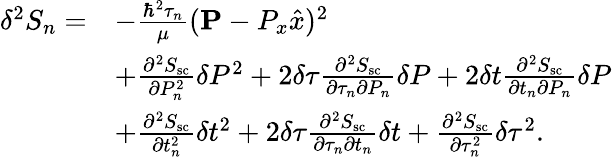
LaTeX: \begin{array}{rl}{\delta^{2}S_{n}=}&{-\frac{\hbar^{2}\tau_{n}}{\mu}({\mathbf P}-P_{x}\hat{x})^{2}}\\ &{+\frac{\partial^{2}S_{\mathrm{sc}}}{\partial P_{n}^{2}}\delta P^{2}+2\delta\tau\frac{\partial^{2}S_{\mathrm{sc}}}{\partial\tau_{n}\partial P_{n}}\delta P+2\delta t\frac{\partial^{2}S_{\mathrm{sc}}}{\partial t_{n}\partial P_{n}}\delta P}\\ &{+\frac{\partial^{2}S_{\mathrm{sc}}}{\partial t_{n}^{2}}\delta t^{2}+2\delta\tau\frac{\partial^{2}S_{\mathrm{sc}}}{\partial\tau_{n}\partial t_{n}}\delta t+\frac{\partial^{2}S_{\mathrm{sc}}}{\partial\tau_{n}^{2}}\delta\tau^{2}.}\end{array}